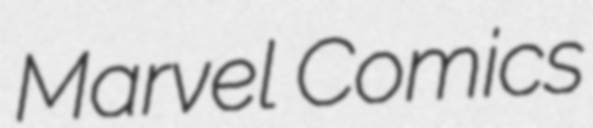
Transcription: Marvel Comics